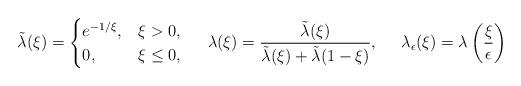
LaTeX: \begin{align*}\tilde{\lambda}(\xi)&=\begin{cases}e^{-1/\xi},& \xi>0,\\0,& \xi\leq 0,\\\end{cases}&\lambda(\xi)&=\frac{\tilde{\lambda}(\xi)}{\tilde{\lambda}(\xi)+\tilde{\lambda}(1-\xi)},&\lambda_\epsilon(\xi)&=\lambda\left(\frac{\xi}{\epsilon}\right)\end{align*}